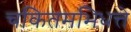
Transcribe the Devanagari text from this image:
चकितमभिधत्ते